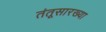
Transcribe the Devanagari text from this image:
तंतूसारख्या